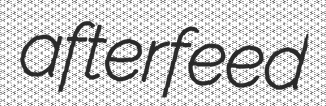
afterfeed